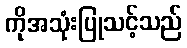
ကိုအသုံးပြုသင့်သည်